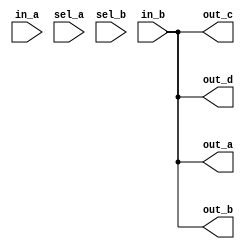
module CND_NR_CMXZ (in_a, in_b, sel_a, sel_b, out_a, out_b, out_c, out_d);
   input in_a;
   input in_b;
   input sel_a;
   input sel_b;
   output out_a;
   output out_b;
   output out_c;
   output out_d;
   assign out_a = (sel_a == 1'bx) ? in_a : in_b;
   assign out_b = (sel_b == 1'bz) ? in_a : in_b;
   assign out_c = (1'bx) ? in_a : in_b;
   assign out_d = (1'bz) ? in_a : in_b;
endmodule